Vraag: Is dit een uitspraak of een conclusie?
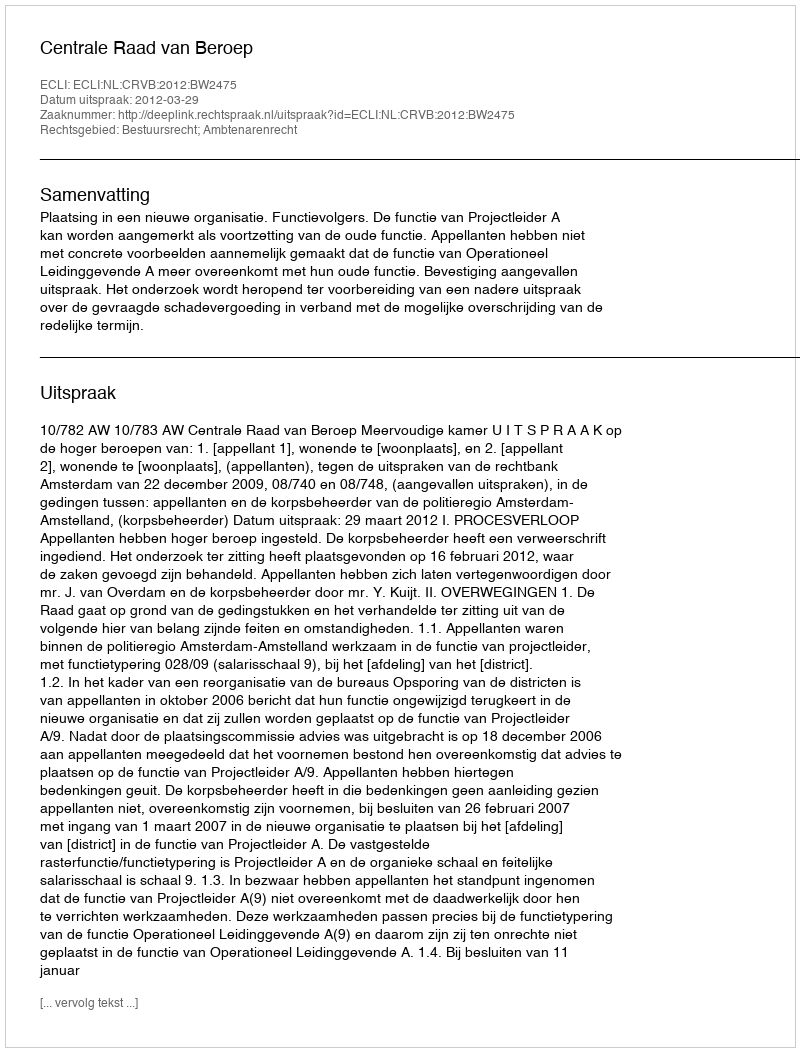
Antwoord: Uitspraak